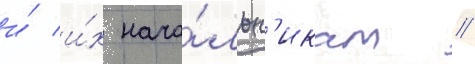
и́ и́х нача́льн'икам /